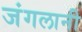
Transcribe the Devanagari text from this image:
जंगलानी